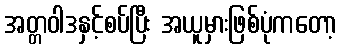
အတ္တဝါဒနှင့်စပ်ပြီး အယူမှားဖြစ်ပုံကတော့